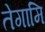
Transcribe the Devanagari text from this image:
तेगामि